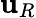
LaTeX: \mathbf{u}_{R}